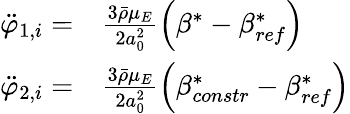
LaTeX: \begin{array}{rl}{\ddot{\varphi}_{1,i}=}&{{}\frac{3\bar{\rho}\mu_{E}}{2a_{0}^{2}}\left(\beta^{*}-\beta_{ref}^{*}\right)}\\ {\ddot{\varphi}_{2,i}=}&{{}\frac{3\bar{\rho}\mu_{E}}{2a_{0}^{2}}\left(\beta_{constr}^{*}-\beta_{ref}^{*}\right)}\end{array}